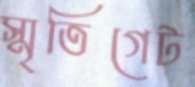
স্মৃতিগেট